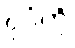
ပုဂံကို